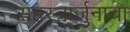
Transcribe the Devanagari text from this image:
सहस्त्रार्जुनाचा